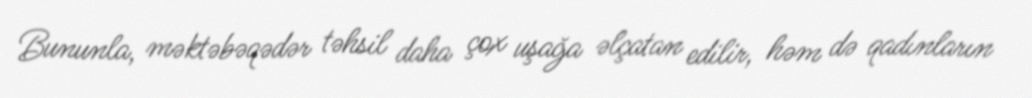
Bununla, məktəbəqədər təhsil daha çox uşağa əlçatan edilir, həm də qadınların